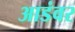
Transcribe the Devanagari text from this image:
आडंवर